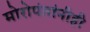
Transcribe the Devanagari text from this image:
मोरोपंतांनीही